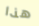
هذا